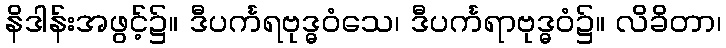
နိဒါန်းအဖွင့်၌။ ဒီပင်္ကရဗုဒ္ဓဝံသေ၊ ဒီပင်္ကရာဗုဒ္ဓဝံ၌။ လိခိတာ၊